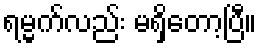
ရမ္မက်လည်း မရှိတော့ပြီ။